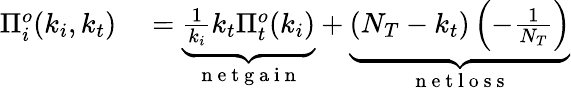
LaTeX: \begin{array}{rl}{\Pi_{i}^{o}(k_{i},k_{t})}&{{}=\underbrace{\frac{1}{k_{i}}k_{t}\Pi_{t}^{o}(k_{i})}_{\mathrm{~n~e~t~g~a~i~n~}}+\underbrace{\left(N_{T}-k_{t}\right)\left(-\frac{1}{N_{T}}\right)}_{\mathrm{~n~e~t~l~o~s~s~}}}\end{array}